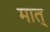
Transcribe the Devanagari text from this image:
मात्